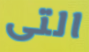
التى